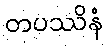
တပဿိနံ